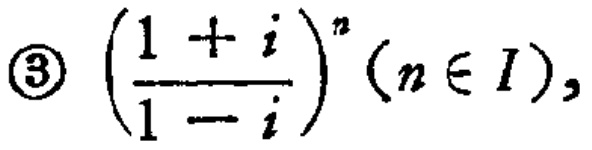
\textcircled{3}$\left(\frac{1 + i}{1 - i}\right)^n(n\in I),$